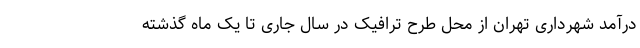
درآمد شهرداری تهران از محل طرح ترافیک در سال جاری تا یک ماه گذشته